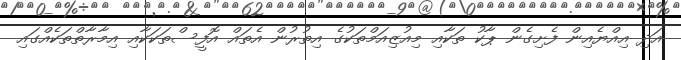
އަދި އިއްޔެއިން ފެށިގެން ޕާކު ތަކާއި މިއުޒިއަމްތަކުގެ އިތުރުން އެތައް އޮފީސްތަކަކާއި އިމާރާތްތަކެއްގައި